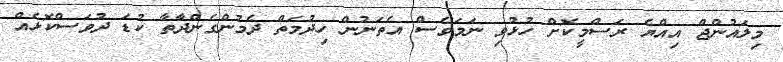
މިލައުންޖް އިއްޔެ ރަސްމީކޮށް ހުޅުވި ނަމަވެސް އެތަނުން ހިދުމަތް ދެމުންގެންދާތާ ކުޑަ ދުވަސްކޮޅެއް